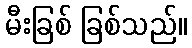
မီးခြစ် ခြစ်သည်။